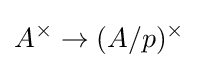
A^{\times }\to (A/p)^{\times }